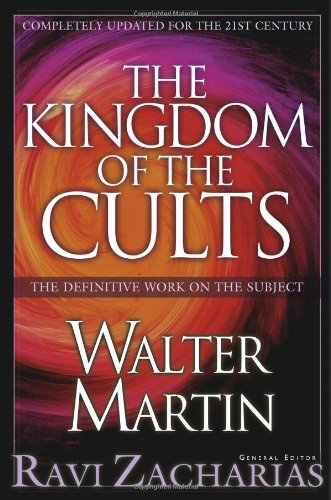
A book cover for The Kingdom of the Cults; Walter Martin; Christian Books & Bibles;